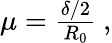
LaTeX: \begin{array}{r}{\mu=\frac{\delta/2}{R_{0}}~,}\end{array}